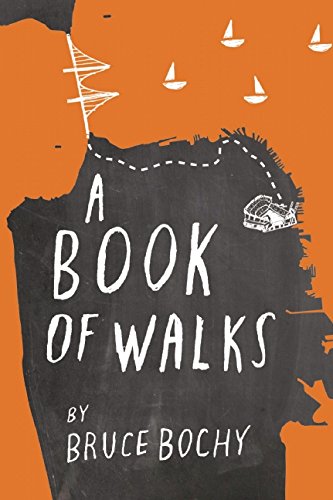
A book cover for A Book of Walks; Bruce Bochy; Sports & Outdoors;